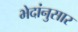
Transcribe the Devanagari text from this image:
भेदांनुसार